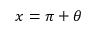
x = \pi + \theta